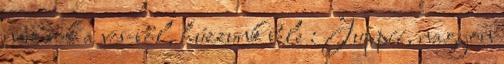
nem sok a vcs-ből, húzzunk bele : Juppíí, nagyon